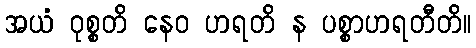
အယံ ဝုစ္စတိ နေဝ ဟရတိ န ပစ္စာဟရတီတိ။